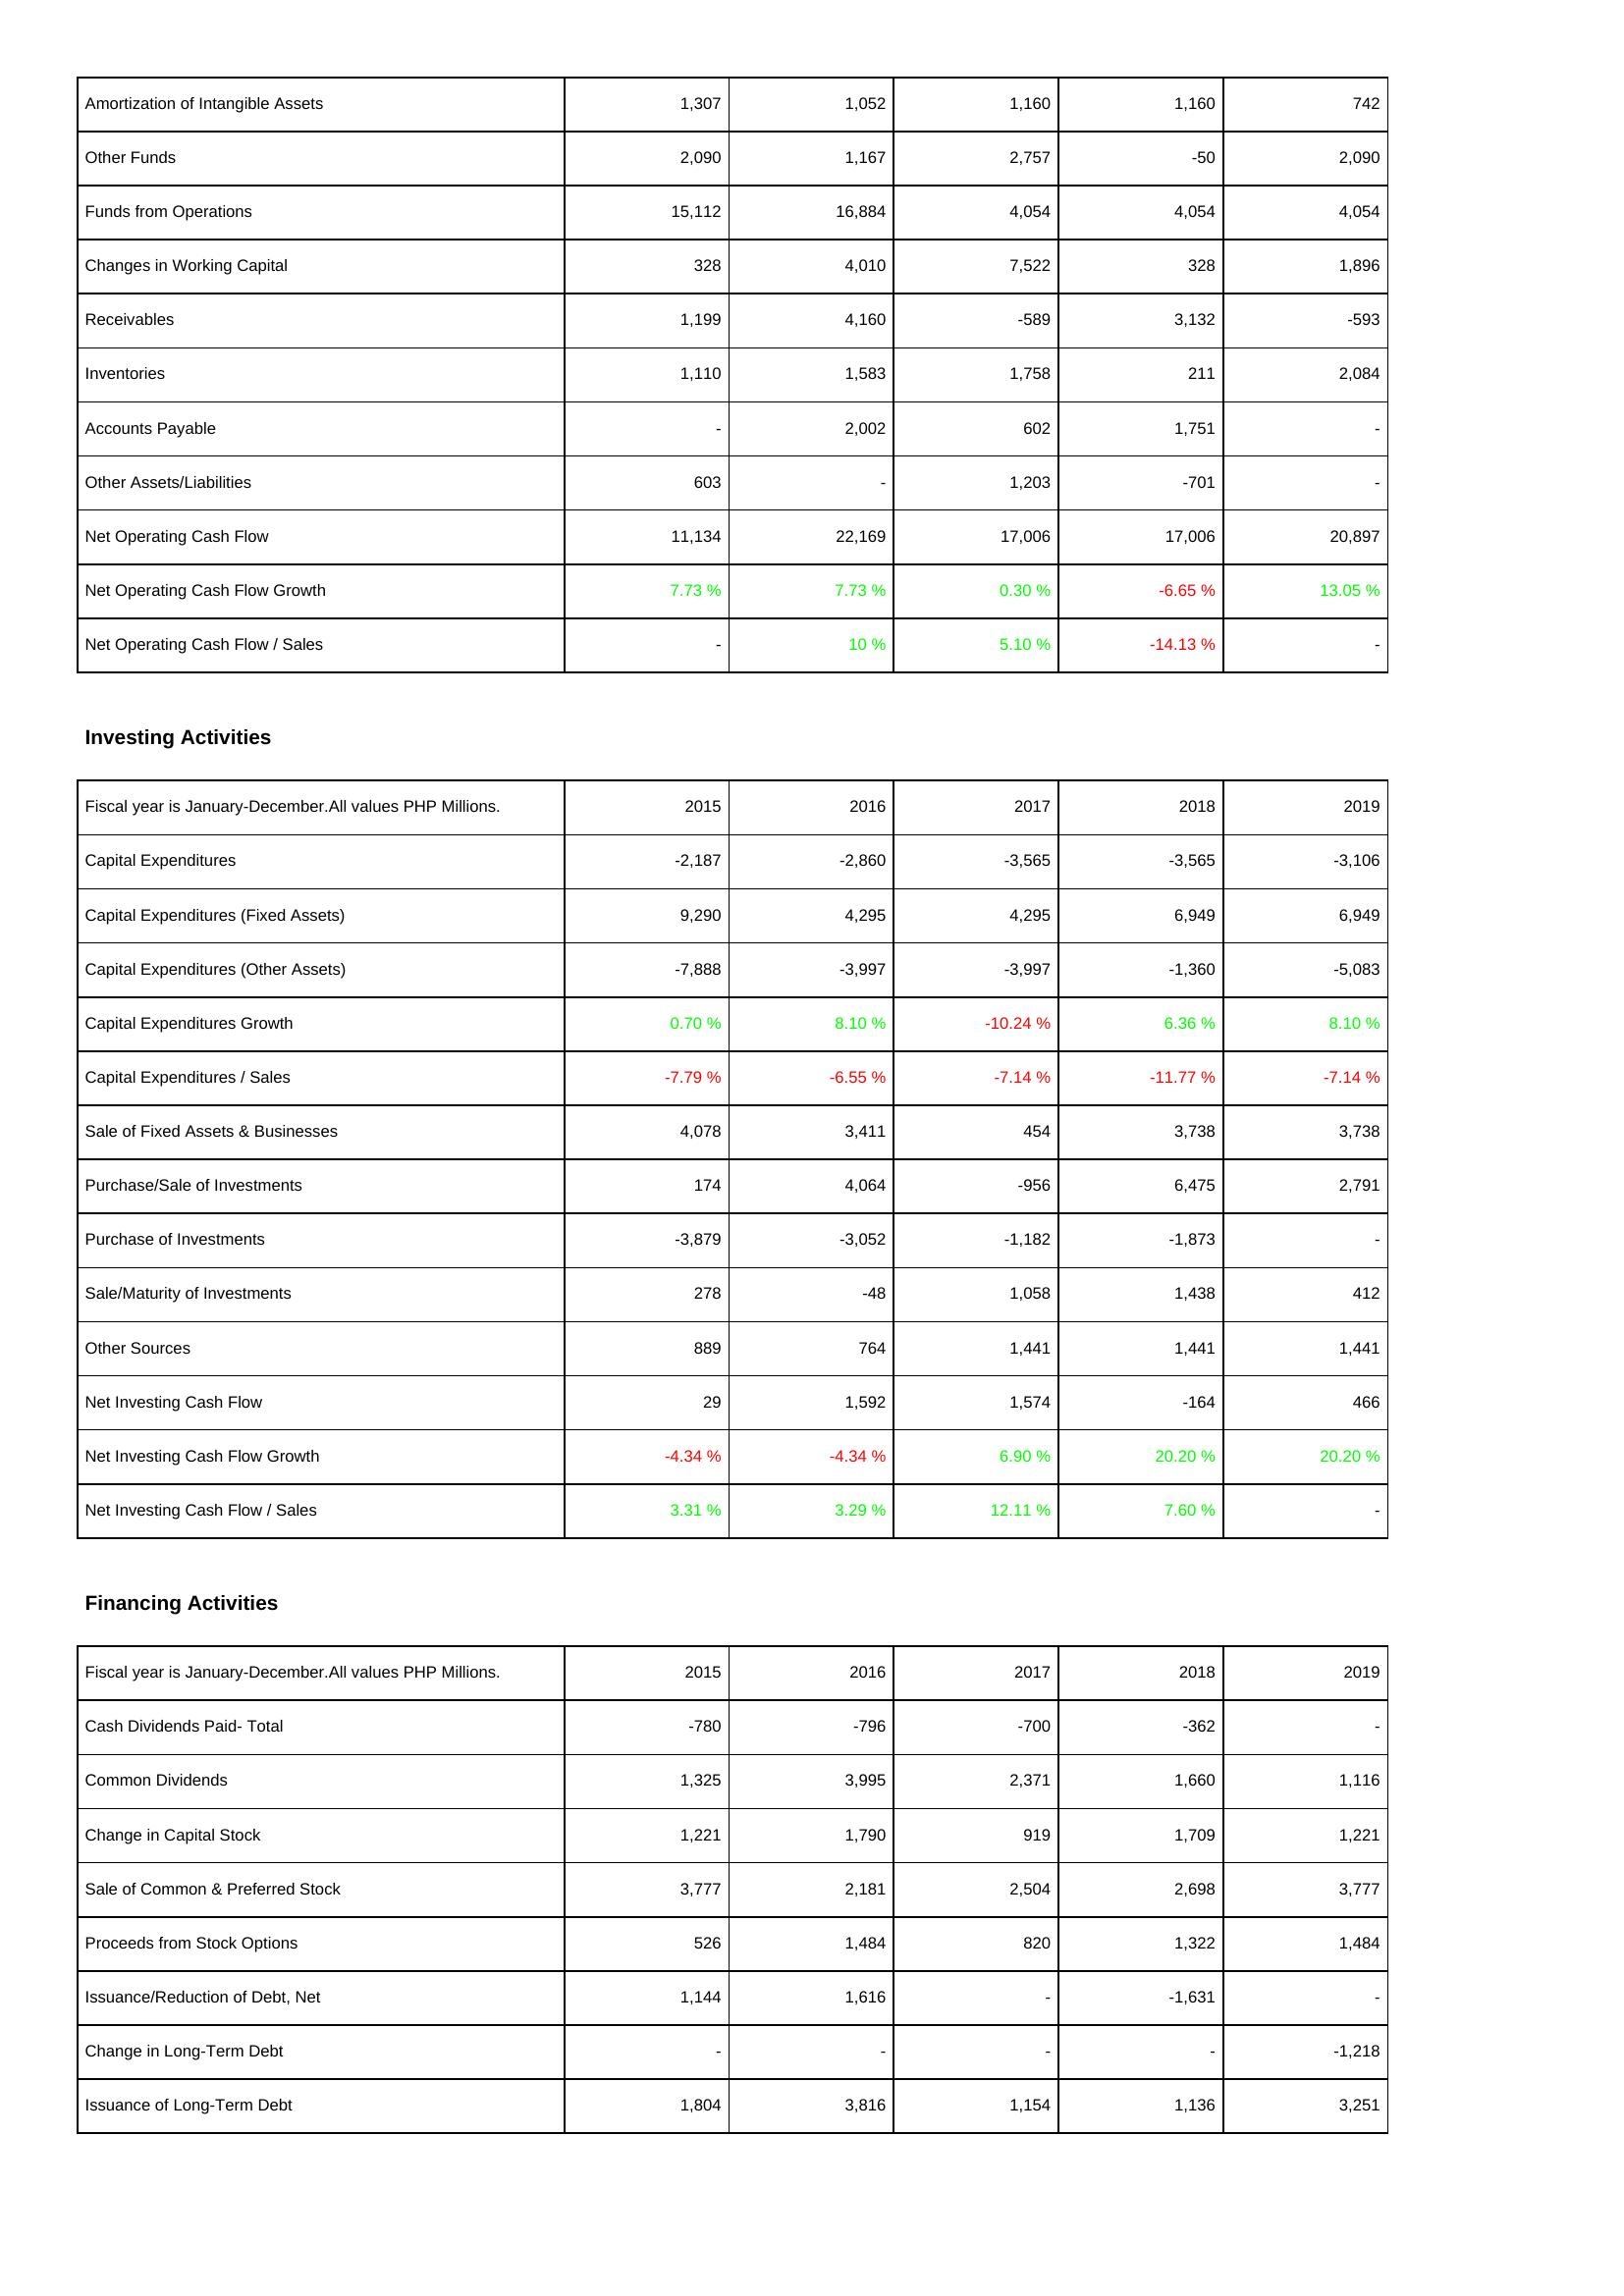
2015: Operating Activities: Amortization of Intangible Assets: 1,307
Other Funds: 2,090
Funds from Operations: 15,112
Changes in Working Capital: 328
Receivables: 1,199
Inventories: 1,110
Accounts Payable: -
Other Assets/Liabilities: 603
Net Operating Cash Flow: 11,134
Net Operating Cash Flow Growth: 7.73 %
Net Operating Cash Flow / Sales: -
Investing Activities: Capital Expenditures: -2,187
Capital Expenditures (Fixed Assets): 9,290
Capital Expenditures (Other Assets): -7,888
Capital Expenditures Growth: 0.70 %
Capital Expenditures / Sales: -7.79 %
Sale of Fixed Assets & Businesses: 4,078
Purchase/Sale of Investments: 174
Purchase of Investments: -3,879
Sale/Maturity of Investments: 278
Other Sources: 889
Net Investing Cash Flow: 29
Net Investing Cash Flow Growth: -4.34 %
Net Investing Cash Flow / Sales: 3.31 %
Financing Activities: Cash Dividends Paid- Total: -780
Common Dividends: 1,325
Change in Capital Stock: 1,221
Sale of Common & Preferred Stock: 3,777
Proceeds from Stock Options: 526
Issuance/Reduction of Debt, Net: 1,144
Change in Long-Term Debt: -
Issuance of Long-Term Debt: 1,804
2016: Operating Activities: Amortization of Intangible Assets: 1,052
Other Funds: 1,167
Funds from Operations: 16,884
Changes in Working Capital: 4,010
Receivables: 4,160
Inventories: 1,583
Accounts Payable: 2,002
Other Assets/Liabilities: -
Net Operating Cash Flow: 22,169
Net Operating Cash Flow Growth: 7.73 %
Net Operating Cash Flow / Sales: 10 %
Investing Activities: Capital Expenditures: -2,860
Capital Expenditures (Fixed Assets): 4,295
Capital Expenditures (Other Assets): -3,997
Capital Expenditures Growth: 8.10 %
Capital Expenditures / Sales: -6.55 %
Sale of Fixed Assets & Businesses: 3,411
Purchase/Sale of Investments: 4,064
Purchase of Investments: -3,052
Sale/Maturity of Investments: -48
Other Sources: 764
Net Investing Cash Flow: 1,592
Net Investing Cash Flow Growth: -4.34 %
Net Investing Cash Flow / Sales: 3.29 %
Financing Activities: Cash Dividends Paid- Total: -796
Common Dividends: 3,995
Change in Capital Stock: 1,790
Sale of Common & Preferred Stock: 2,181
Proceeds from Stock Options: 1,484
Issuance/Reduction of Debt, Net: 1,616
Change in Long-Term Debt: -
Issuance of Long-Term Debt: 3,816
2017: Operating Activities: Amortization of Intangible Assets: 1,160
Other Funds: 2,757
Funds from Operations: 4,054
Changes in Working Capital: 7,522
Receivables: -589
Inventories: 1,758
Accounts Payable: 602
Other Assets/Liabilities: 1,203
Net Operating Cash Flow: 17,006
Net Operating Cash Flow Growth: 0.30 %
Net Operating Cash Flow / Sales: 5.10 %
Investing Activities: Capital Expenditures: -3,565
Capital Expenditures (Fixed Assets): 4,295
Capital Expenditures (Other Assets): -3,997
Capital Expenditures Growth: -10.24 %
Capital Expenditures / Sales: -7.14 %
Sale of Fixed Assets & Businesses: 454
Purchase/Sale of Investments: -956
Purchase of Investments: -1,182
Sale/Maturity of Investments: 1,058
Other Sources: 1,441
Net Investing Cash Flow: 1,574
Net Investing Cash Flow Growth: 6.90 %
Net Investing Cash Flow / Sales: 12.11 %
Financing Activities: Cash Dividends Paid- Total: -700
Common Dividends: 2,371
Change in Capital Stock: 919
Sale of Common & Preferred Stock: 2,504
Proceeds from Stock Options: 820
Issuance/Reduction of Debt, Net: -
Change in Long-Term Debt: -
Issuance of Long-Term Debt: 1,154
2018: Operating Activities: Amortization of Intangible Assets: 1,160
Other Funds: -50
Funds from Operations: 4,054
Changes in Working Capital: 328
Receivables: 3,132
Inventories: 211
Accounts Payable: 1,751
Other Assets/Liabilities: -701
Net Operating Cash Flow: 17,006
Net Operating Cash Flow Growth: -6.65 %
Net Operating Cash Flow / Sales: -14.13 %
Investing Activities: Capital Expenditures: -3,565
Capital Expenditures (Fixed Assets): 6,949
Capital Expenditures (Other Assets): -1,360
Capital Expenditures Growth: 6.36 %
Capital Expenditures / Sales: -11.77 %
Sale of Fixed Assets & Businesses: 3,738
Purchase/Sale of Investments: 6,475
Purchase of Investments: -1,873
Sale/Maturity of Investments: 1,438
Other Sources: 1,441
Net Investing Cash Flow: -164
Net Investing Cash Flow Growth: 20.20 %
Net Investing Cash Flow / Sales: 7.60 %
Financing Activities: Cash Dividends Paid- Total: -362
Common Dividends: 1,660
Change in Capital Stock: 1,709
Sale of Common & Preferred Stock: 2,698
Proceeds from Stock Options: 1,322
Issuance/Reduction of Debt, Net: -1,631
Change in Long-Term Debt: -
Issuance of Long-Term Debt: 1,136
2019: Operating Activities: Amortization of Intangible Assets: 742
Other Funds: 2,090
Funds from Operations: 4,054
Changes in Working Capital: 1,896
Receivables: -593
Inventories: 2,084
Accounts Payable: -
Other Assets/Liabilities: -
Net Operating Cash Flow: 20,897
Net Operating Cash Flow Growth: 13.05 %
Net Operating Cash Flow / Sales: -
Investing Activities: Capital Expenditures: -3,106
Capital Expenditures (Fixed Assets): 6,949
Capital Expenditures (Other Assets): -5,083
Capital Expenditures Growth: 8.10 %
Capital Expenditures / Sales: -7.14 %
Sale of Fixed Assets & Businesses: 3,738
Purchase/Sale of Investments: 2,791
Purchase of Investments: -
Sale/Maturity of Investments: 412
Other Sources: 1,441
Net Investing Cash Flow: 466
Net Investing Cash Flow Growth: 20.20 %
Net Investing Cash Flow / Sales: -
Financing Activities: Cash Dividends Paid- Total: -
Common Dividends: 1,116
Change in Capital Stock: 1,221
Sale of Common & Preferred Stock: 3,777
Proceeds from Stock Options: 1,484
Issuance/Reduction of Debt, Net: -
Change in Long-Term Debt: -1,218
Issuance of Long-Term Debt: 3,251